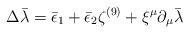
LaTeX: \begin{align*}\Delta \bar\lambda = \bar\epsilon_1 + \bar\epsilon_2 \zeta^{(9)} + \xi^\mu\partial_\mu \bar\lambda \end{align*}